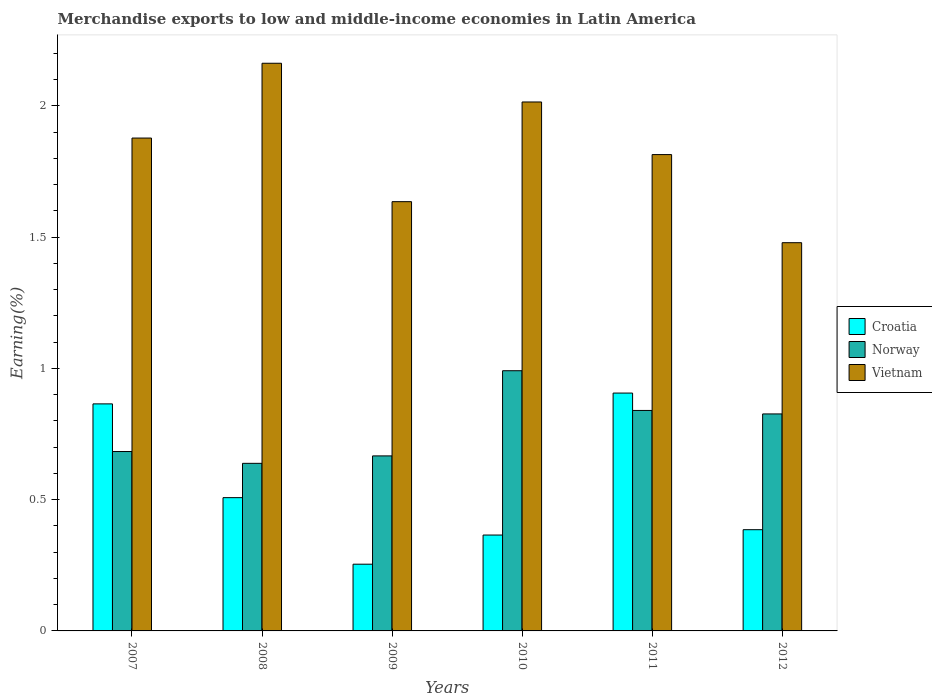
| Years | Croatia | Norway | Vietnam |
 | --- | --- | --- | --- |
 | 2007 | 0.865 | 0.683 | 1.88 |
 | 2008 | 0.508 | 0.638 | 2.16 |
 | 2009 | 0.254 | 0.667 | 1.63 |
 | 2010 | 0.365 | 0.991 | 2.01 |
 | 2011 | 0.906 | 0.84 | 1.81 |
 | 2012 | 0.386 | 0.826 | 1.48 |